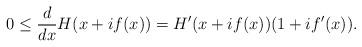
LaTeX: \begin{align*}0\le\frac{d}{dx}H(x+if(x))=H'(x+if(x))(1+if'(x)).\end{align*}